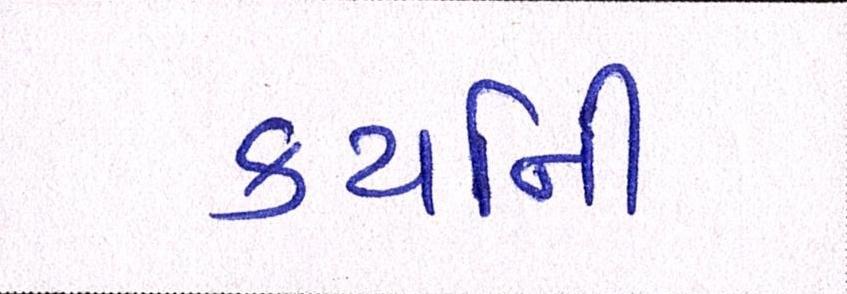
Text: કયર્નિી